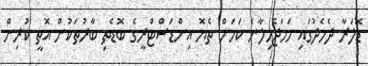
ޑޮލަރާ ދެމެދުގައި ހަމަޖެހިލާނެ ކަމަށް ތެޔޮ އިންޑަސްޓްރީގެ ބޮޑެތި ބާރުތަކުން އޮތީ ކުރިން